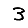
Digit: 3